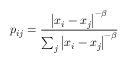
p _ { i j } = \frac { \left| x _ { i } - x _ { j } \right| ^ { - \beta } } { \sum _ { j } \left| x _ { i } - x _ { j } \right| ^ { - \beta } }